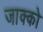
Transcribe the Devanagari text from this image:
जाक्को